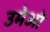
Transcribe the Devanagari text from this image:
उमेओ